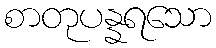
စာတုပန္နရသော